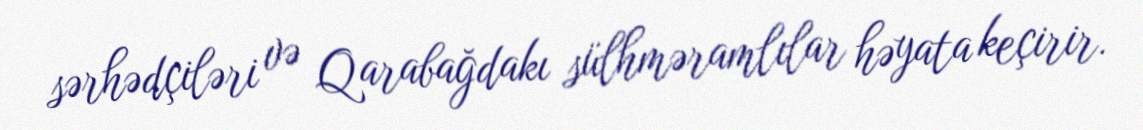
sərhədçiləri və Qarabağdakı sülhməramlılar həyata keçirir.